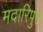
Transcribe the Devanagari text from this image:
मदारिपुर